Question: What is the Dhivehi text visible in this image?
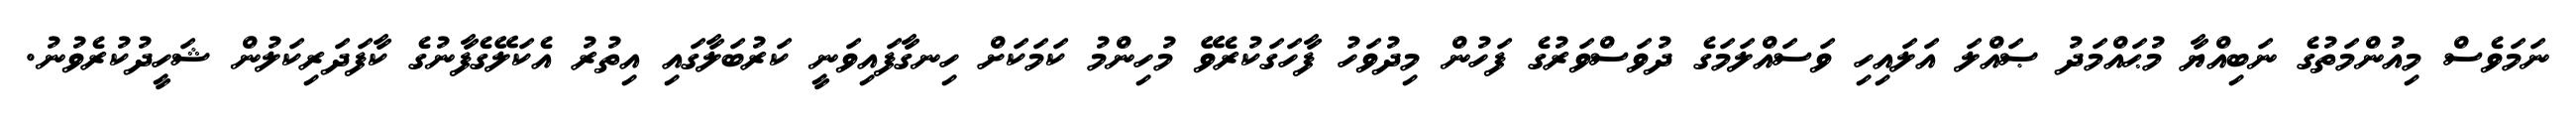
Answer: ނަމަވެސް މިއުންމަތުގެ ނަބިއްޔާ މުޙައްމަދު ޞައްލަ އަލައިހި ވަސައްލަމަގެ ދުވަސްވަރުގެ ފަހުން މިދުވަހު ފާހަގަކުރެވޭ މުހިންމު ކަމަކަށް ހިނގާފައިވަނީ ކަރުބަލާގައި އިތުރު އެކަލޭގެފާނުގެ ކާފަދަރިކަލުން ޝަހީދުކުރެވުނު.